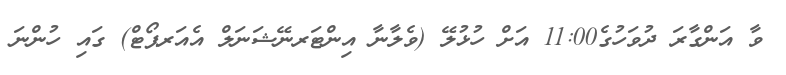
ވާ އަންގާރަ ދުވަހުގެ11:00 އަށް ހުޅުލޭ (ވެލާނާ އިންޓަރނޭޝަނަލް އެއަރޕޯޓް) ގައި ހުންނަ